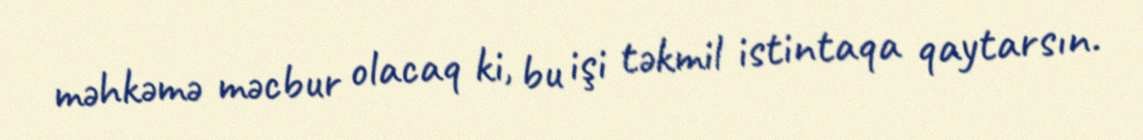
məhkəmə məcbur olacaq ki, bu işi təkmil istintaqa qaytarsın.